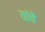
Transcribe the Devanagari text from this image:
यांंचे